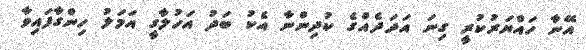
އޭނާ ހައްޔަރުކުރީ ގިނަ އަދަދެއްގެ ކުދިންނާ އެކު ބަދު އަހުލާގީ އަމަލު ހިންގާފައިވާ